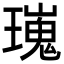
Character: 𤩫